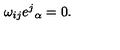
\omega _ { i j } e ^ { j } { } _ { \alpha } = 0 .